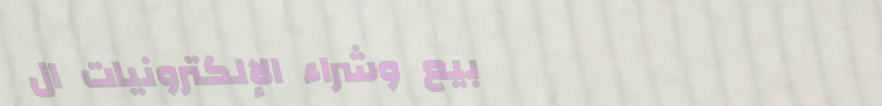
بيع وشراء الإلكترونيات ال